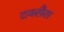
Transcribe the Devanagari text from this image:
टक्सैस